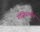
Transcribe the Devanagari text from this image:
गज़ियान्तेप